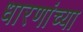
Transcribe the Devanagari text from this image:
धारणांच्या